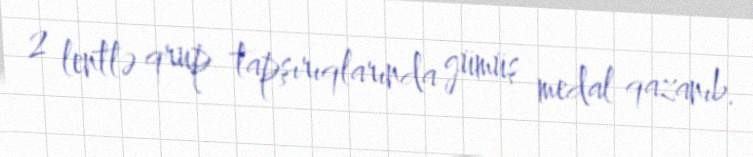
2 lentlə qrup tapşırıqlarında gümüş medal qazanıb.